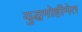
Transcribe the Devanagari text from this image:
युद्धमोहीमेत